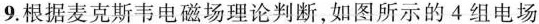
9.根据麦克斯韦电磁场理论判断，如图所示的4组电场